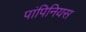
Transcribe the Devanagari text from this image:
पांपिनियस